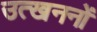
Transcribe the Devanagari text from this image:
उत्‍खननों